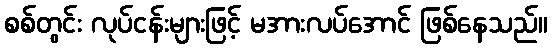
စစ်တွင်း လုပ်ငန်းများဖြင့် မအားလပ်အောင် ဖြစ်နေသည်။